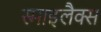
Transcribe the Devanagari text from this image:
स्माइलैक्स